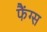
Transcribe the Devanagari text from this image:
फैंग्स